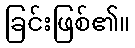
ခြင်းဖြစ်၏။